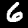
Digit: 6